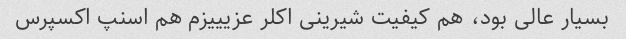
بسیار عالی بود، هم کیفیت شیرینی اکلر عزیییزم هم اسنپ اکسپرس